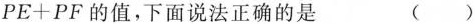
PE+PF的值，下面说法正确的是 ( )